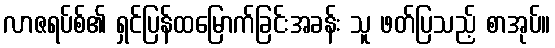
လာဇရပ်စ်၏ ရှင်ပြန်ထမြောက်ခြင်းအခန်း သူ ဖတ်ပြသည့် စာအုပ်။